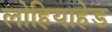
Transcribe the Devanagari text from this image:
लोहियाहेड